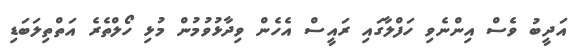
އަދީބު ވެސް އިންނެވި ހަފްލާގައި ރައީސް އެހެން ވިދާޅުވުމުން މުޅި ހޯލްތެރެ އަތްތިލަބަޑި